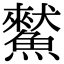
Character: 𩻜